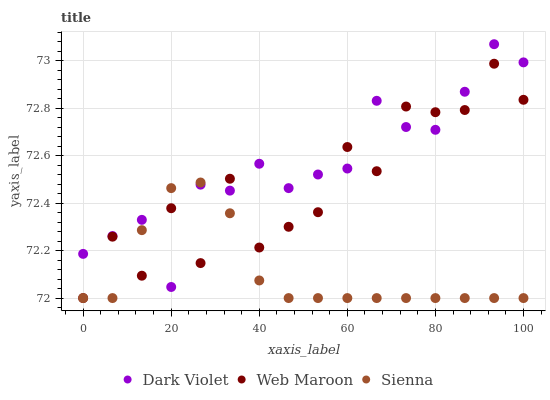
| xaxis_label | Dark Violet | Web Maroon | Sienna |
 | --- | --- | --- | --- |
 | 0 | 72.2 | 72 | 72 |
 | 6.67 | 72.3 | 72.3 | 72 |
 | 13.3 | 72.3 | 72.1 | 72.3 |
 | 20 | 72 | 72.4 | 72.5 |
 | 26.7 | 72.5 | 72.1 | 72.5 |
 | 33.3 | 72.5 | 72.5 | 72.4 |
 | 40 | 72.6 | 72.2 | 72.1 |
 | 46.7 | 72.5 | 72.3 | 72 |
 | 53.3 | 72.5 | 72.4 | 72 |
 | 60 | 72.5 | 72.6 | 72 |
 | 66.7 | 72.8 | 72.5 | 72 |
 | 73.3 | 72.7 | 72.8 | 72 |
 | 80 | 72.7 | 72.8 | 72 |
 | 86.7 | 72.9 | 72.8 | 72 |
 | 93.3 | 73.1 | 73 | 72 |
 | 100 | 73 | 72.8 | 72 |